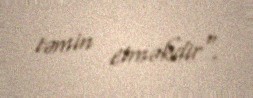
təmin etməkdir".